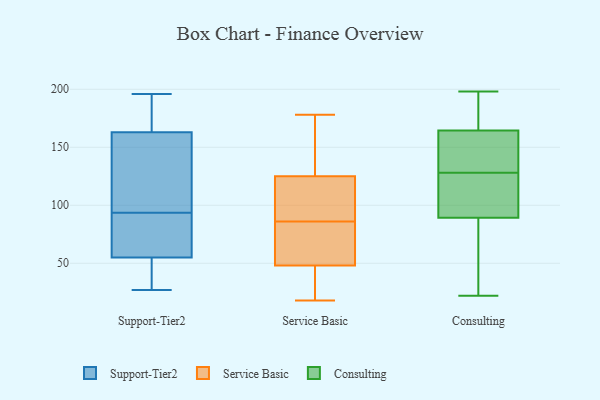
{"axis": {"x": "Satisfaction Score", "y": "Value"}, "legend": ["Consulting", "Service Basic", "Support-Tier2"], "data": [{"x": "", "y": 163, "type": "Support-Tier2"}, {"x": "", "y": 110, "type": "Support-Tier2"}, {"x": "", "y": 131, "type": "Support-Tier2"}, {"x": "", "y": 100, "type": "Support-Tier2"}, {"x": "", "y": 87, "type": "Support-Tier2"}, {"x": "", "y": 82, "type": "Support-Tier2"}, {"x": "", "y": 27, "type": "Support-Tier2"}, {"x": "", "y": 196, "type": "Support-Tier2"}, {"x": "", "y": 175, "type": "Support-Tier2"}, {"x": "", "y": 73, "type": "Support-Tier2"}, {"x": "", "y": 55, "type": "Support-Tier2"}, {"x": "", "y": 187, "type": "Support-Tier2"}, {"x": "", "y": 28, "type": "Support-Tier2"}, {"x": "", "y": 32, "type": "Support-Tier2"}, {"x": "", "y": 19, "type": "Service Basic"}, {"x": "", "y": 108, "type": "Service Basic"}, {"x": "", "y": 48, "type": "Service Basic"}, {"x": "", "y": 18, "type": "Service Basic"}, {"x": "", "y": 49, "type": "Service Basic"}, {"x": "", "y": 80, "type": "Service Basic"}, {"x": "", "y": 139, "type": "Service Basic"}, {"x": "", "y": 125, "type": "Service Basic"}, {"x": "", "y": 141, "type": "Service Basic"}, {"x": "", "y": 92, "type": "Service Basic"}, {"x": "", "y": 54, "type": "Service Basic"}, {"x": "", "y": 19, "type": "Service Basic"}, {"x": "", "y": 112, "type": "Service Basic"}, {"x": "", "y": 178, "type": "Service Basic"}, {"x": "", "y": 63, "type": "Consulting"}, {"x": "", "y": 38, "type": "Consulting"}, {"x": "", "y": 121, "type": "Consulting"}, {"x": "", "y": 181, "type": "Consulting"}, {"x": "", "y": 118, "type": "Consulting"}, {"x": "", "y": 98, "type": "Consulting"}, {"x": "", "y": 22, "type": "Consulting"}, {"x": "", "y": 128, "type": "Consulting"}, {"x": "", "y": 193, "type": "Consulting"}, {"x": "", "y": 136, "type": "Consulting"}, {"x": "", "y": 169, "type": "Consulting"}, {"x": "", "y": 128, "type": "Consulting"}, {"x": "", "y": 163, "type": "Consulting"}, {"x": "", "y": 155, "type": "Consulting"}, {"x": "", "y": 198, "type": "Consulting"}, {"x": "", "y": 109, "type": "Consulting"}, {"x": "", "y": 43, "type": "Consulting"}]}